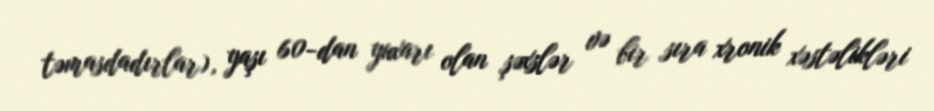
təmasdadırlar), yaşı 60-dan yuxarı olan şəxslər və bir sıra xronik xəstəlikləri